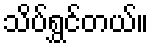
သိပ်ရွှင်တယ်။